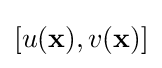
[u(\mathbf {x} ),v(\mathbf {x} )]